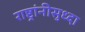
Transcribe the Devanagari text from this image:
राष्ट्रांनीसुध्दा